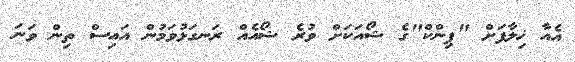
އެއާ ޚިލާފަށް "ޕިންކް"ގެ ޝޯއަކަށް ވުރެ ޝޯއެއް ރަނގަޅުވަމުން އައިސް ތިން ވަނަ